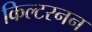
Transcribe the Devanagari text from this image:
किल्टरनन